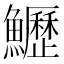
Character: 𩽏